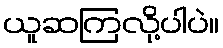
ယူဆကြလို့ပါပဲ။